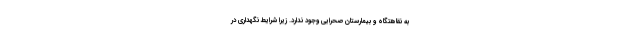
به نقاهتگاه و بیمارستان صحرایی وجود ندارد. زیرا شرایط نگهداری در